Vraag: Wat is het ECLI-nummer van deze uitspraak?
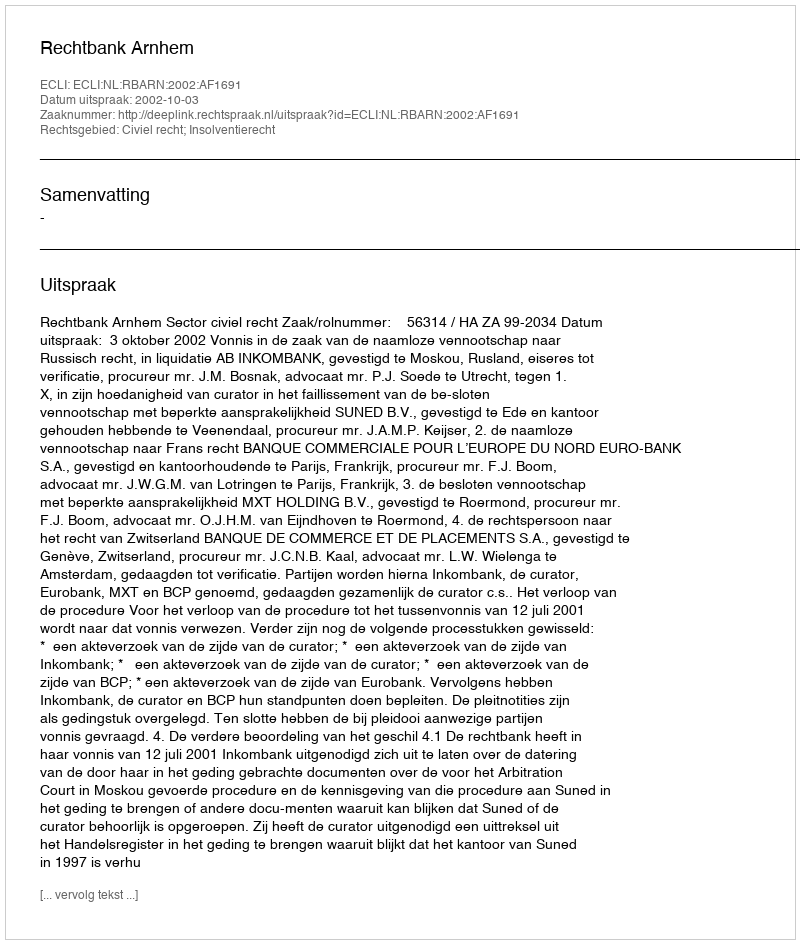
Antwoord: ECLI:NL:RBARN:2002:AF1691